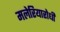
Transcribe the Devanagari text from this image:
मलेरियारोधी